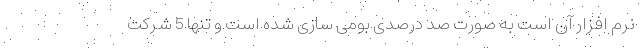
نرم افزار آن است به صورت صد درصدی بومی سازی شده است و تنها 5 شرکت